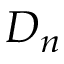
D _ { n }